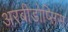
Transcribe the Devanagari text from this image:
अरबीडोप्सिस